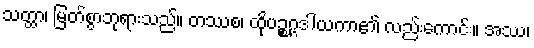
သတ္ထာ၊ မြတ်စွာဘုရားသည်။ တဿစ၊ ထိုပဉ္စဂ္ဂဒါယကာ၏ လည်းကောင်း။ အဿ၊